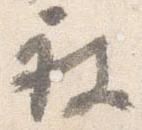
被